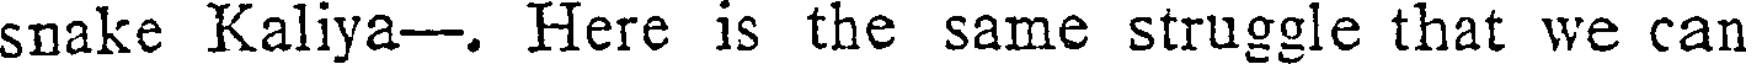
snake Kaliya--. Here is the same struggle that we can